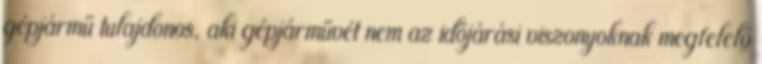
gépjármű tulajdonos, aki gépjárművét nem az időjárási viszonyoknak megfelelő